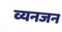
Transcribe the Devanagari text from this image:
व्यनजन